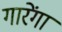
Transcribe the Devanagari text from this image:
गारेंगा